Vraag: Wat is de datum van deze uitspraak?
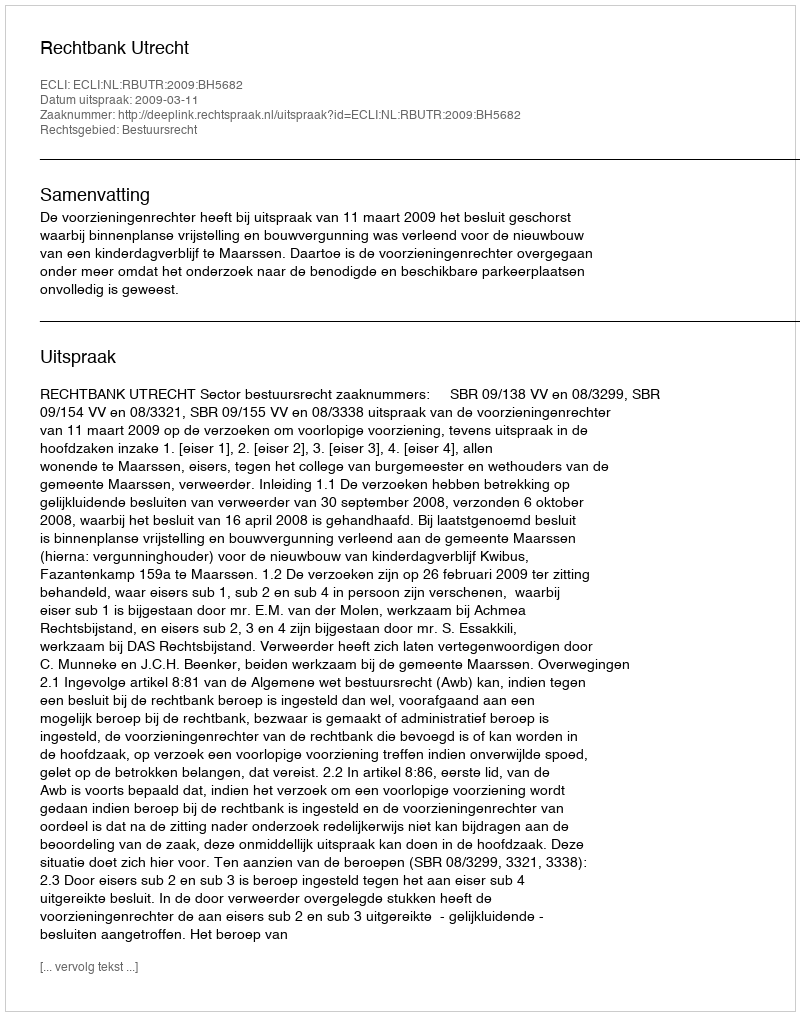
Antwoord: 2009-03-11